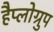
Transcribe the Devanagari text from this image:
हैप्लोग्रुप